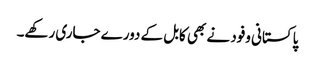
پاکستانی وفود نے بھی کابل کے دورے جاری رکھے۔